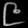
Digit: ၉